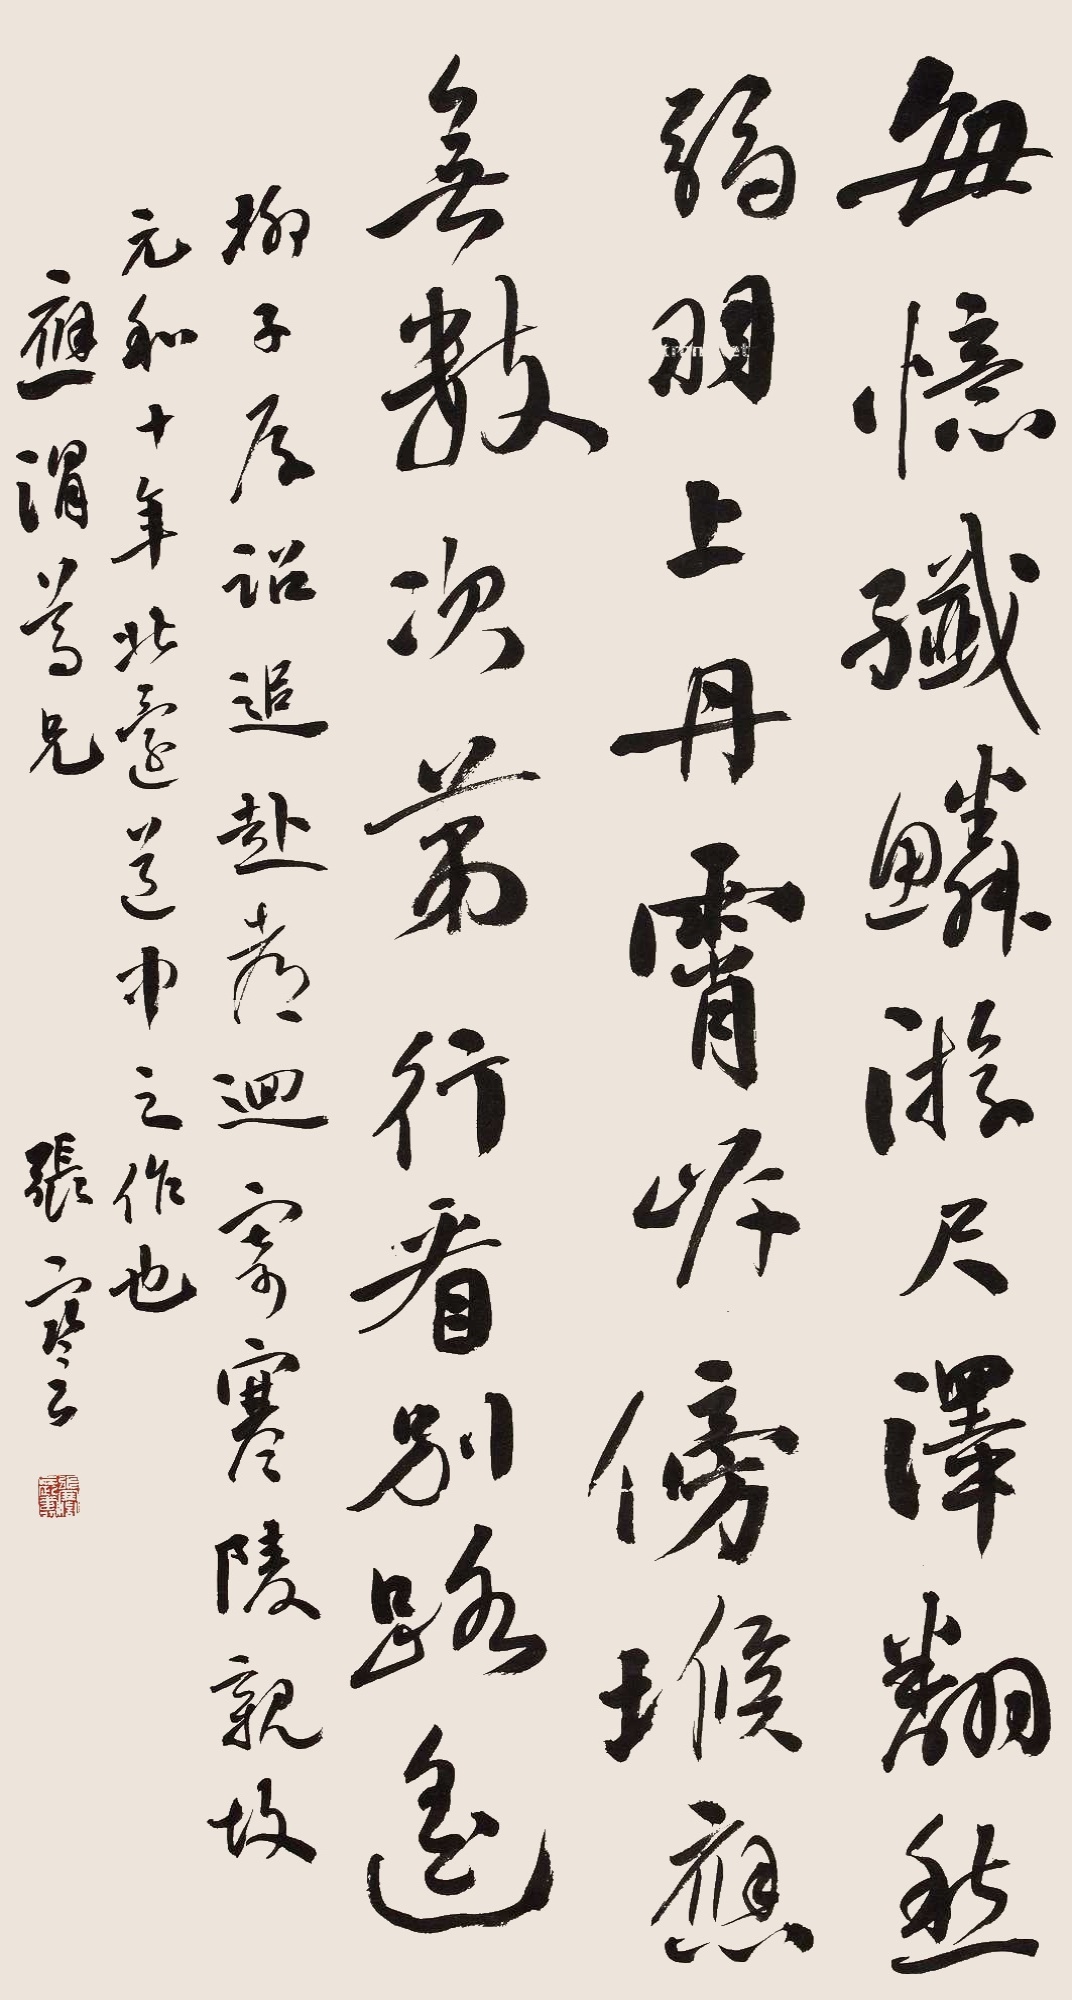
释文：每忆纤鳞游尺泽，翻愁弱羽上丹霄。岸傍堠应无数，次第行看别路遥。刘子厚诏追赴都回寄寒陵亲故，元和十年北还道中之作也。应渭尊兄，张謇。